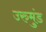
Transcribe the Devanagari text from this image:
उरुमुंड